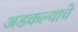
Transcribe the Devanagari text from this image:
अडकल्याचे